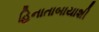
હિનાતાબાયાશી